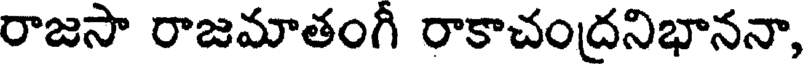
రాజసా రాజమాతంగీ రాకాచంద్రనిభాననా,